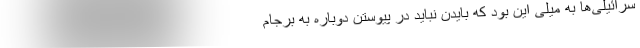
سرائیلی‌ها به میلی این بود که بایدن نباید در پیوستن دوباره به برجام